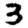
Digit: 3